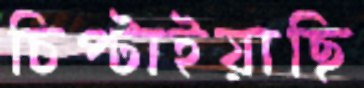
চিপ্‌টাইয়াছি